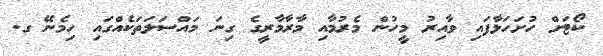
ކޯޓަށް ހުށަހަޅާފައި ވާއިރު މީހުން މެރުމާއި މާރާމާރީގެ ގިނަ މައްސަލަތަކެއްގައި ހިމެނޭ ގ.